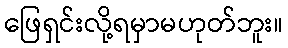
ဖြေရှင်းလို့ရမှာမဟုတ်ဘူး။